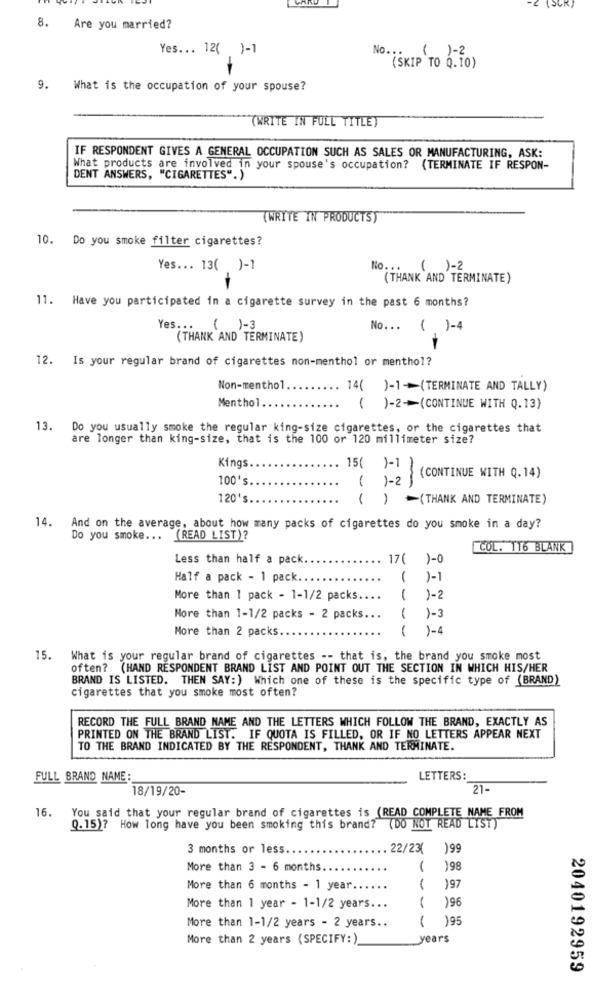
8. Are you married?
Yes ... 12( )-1
No ...
( )-2
(SKIP TO Q.10)
9.
What is the occupation of your spouse?
(WRITE IN FULL TITLE)
IF RESPONDENT GIVES A GENERAL OCCUPATION SUCH AS SALES OR MANUFACTURING, ASK:
What products are involved in your spouse's occupation? (TERMINATE IF RESPON-
DENT ANSWERS, "CIGARETTES".)
(WRITE IN PRODUCTS)
10. Do you smoke filter cigarettes?
Yes ... 13( )-1
No ... ( )-2
(THANK AND TERMINATE)
11. Have you participated in a cigarette survey in the past 6 months?
Yes ... ( )-3
No ... ( )-4
(THANK AND TERMINATE)
12. Is your regular brand of cigarettes non-menthol or menthol?
Non-menthol
14( )-1(TERMINATE AND TALLY)
Menthol ..
( )-2-(CONTINUE WITH Q.13)
13. Do you usually smoke the regular king-size cigarettes, or the cigarettes that
are longer than king-size, that is the 100 or 120 millimeter size?
Kings
15( )-1
100's
( )-2 )
(CONTINUE WITH Q.14)
120's
( ) =(THANK AND TERMINATE)
14. And on the average, about how many packs of cigarettes do you smoke in a day?
Do you smoke ...
(READ LIST)?
COL. TT6 BLANK
Less than half a pack.
17( )-0
Half a pack - 1 pack.
1
)-1
More than 1 pack - 1-1/2 packs ..
1
1-2
More than 1-1/2 packs - 2 packs ...
1
1-3
More than 2 packs.
1
1-4
15.
What is your regular brand of cigarettes -- that is, the brand you smoke most
often? (HAND RESPONDENT BRAND LIST AND POINT OUT THE SECTION IN WHICH HIS/HER
BRAND IS LISTED. THEN SAY: ) Which one of these is the specific type of (BRAND)
cigarettes that you smoke most often?
RECORD THE FULL BRAND NAME AND THE LETTERS WHICH FOLLOW THE BRAND, EXACTLY AS
PRINTED ON THE BRAND LIST. IF QUOTA IS FILLED, OR IF NO LETTERS APPEAR NEXT
TO THE BRAND INDICATED BY THE RESPONDENT, THANK AND TERMINATE.
FULL BRAND NAME:
LETTERS:
18/19/20-
21-
16. You said that your regular brand of cigarettes is (READ COMPLETE NAME FROM
Q.15)? How long have you been smoking this brand? (DO NOT READ LIST)
3 months or less.
22/23(
)99
More than 3 - 6 months.
..
1
198
More than 6 months - 1 year ..
..
1
)97
196
More than 1 year - 1-1/2 years ...
More than 1-1/2 years - 2 years ..
( )95
More than 2 years (SPECIFY: )
years
2040192959